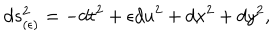
d s _ { ( \epsilon ) } ^ { 2 } = - d t ^ { 2 } + \epsilon d u ^ { 2 } + d x ^ { 2 } + d y ^ { 2 } ,